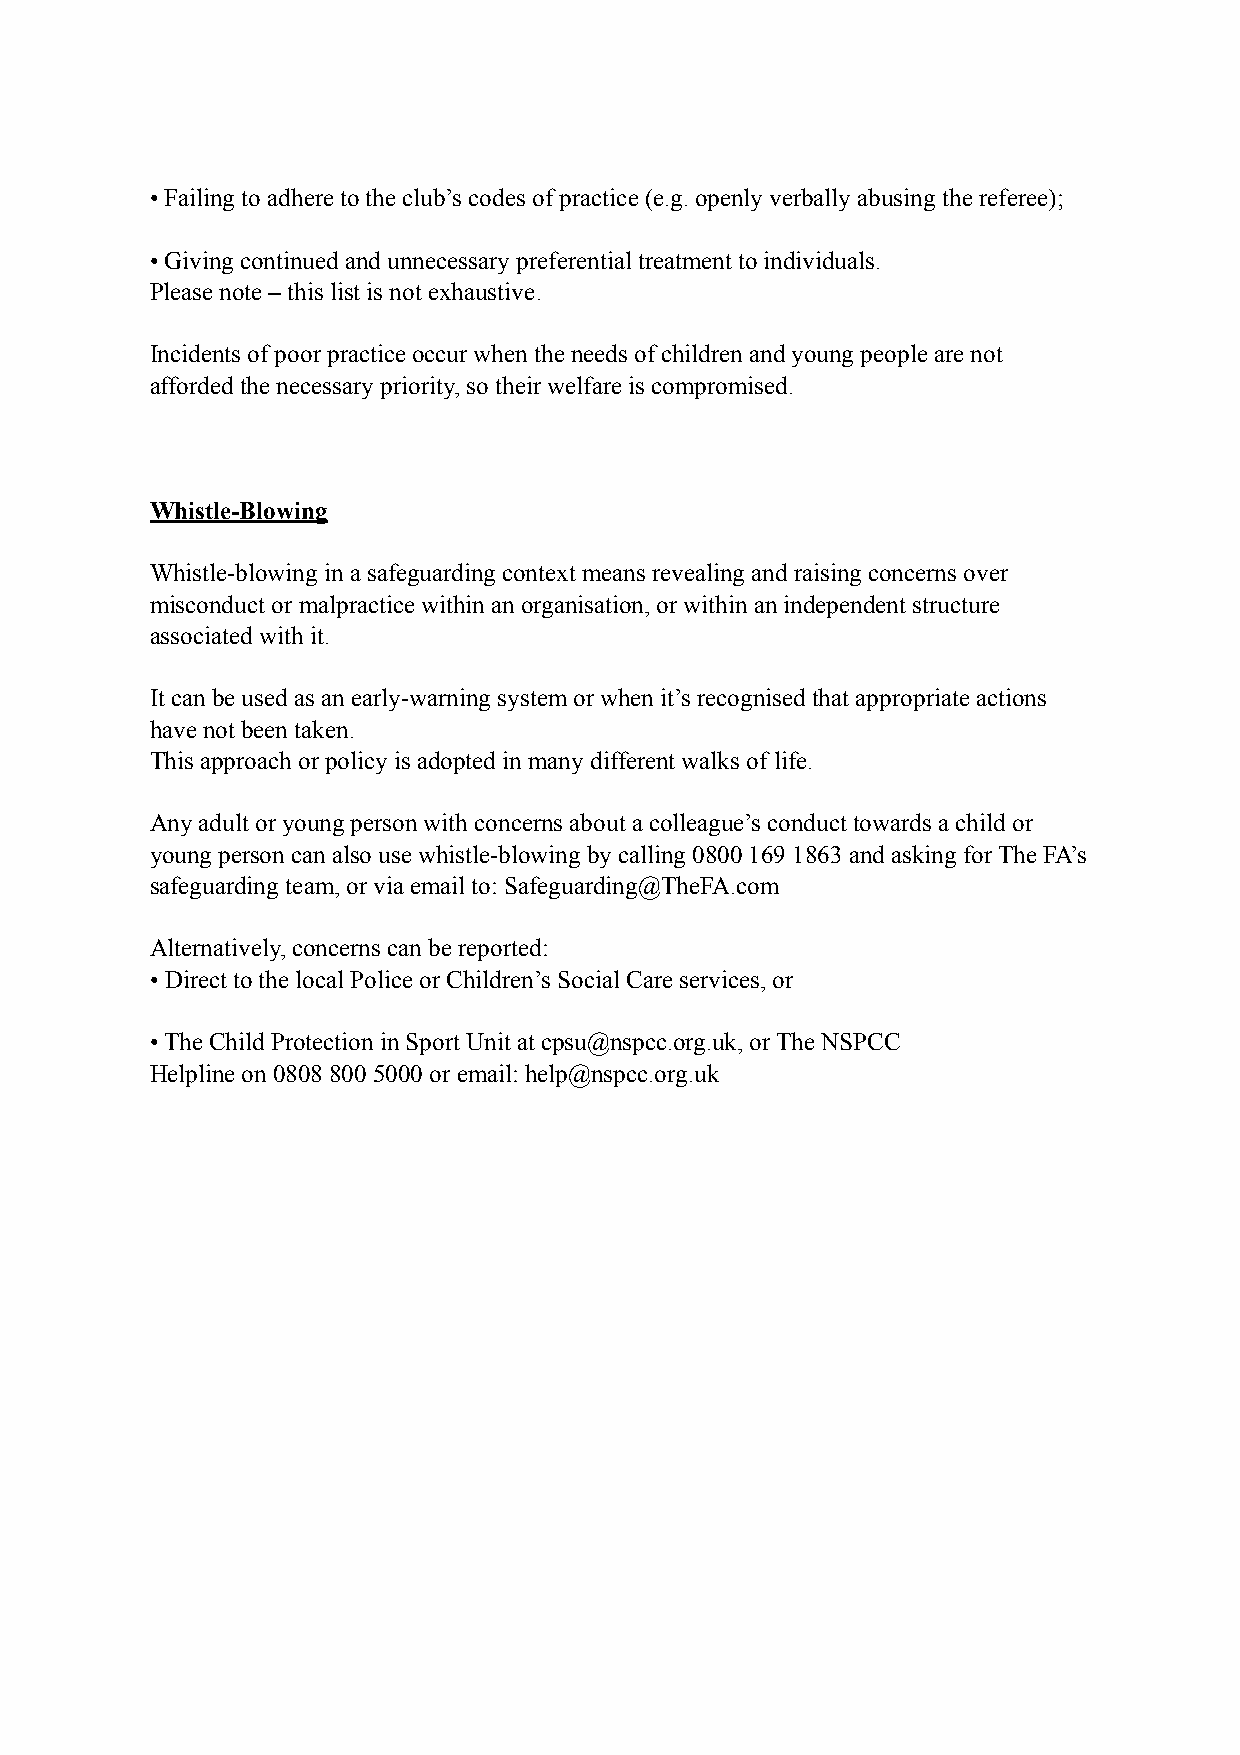
• Failing to adhere to the club’s codes of practice (e.g. openly verbally abusing the referee);
 • Giving continued and unnecessary preferential treatment to individuals.
 Please note – this list is not exhaustive.
 Incidents of poor practice occur when the needs of children and young people are not
 afforded the necessary priority, so their welfare is compromised.
 Whistle-Blowing
 Whistle-blowing in a safeguarding context means revealing and raising concerns over
 misconduct or malpractice within an organisation, or within an independent structure
 associated with it.
 It can be used as an early-warning system or when it’s recognised that appropriate actions
 have not been taken.
 This approach or policy is adopted in many different walks of life.
 Any adult or young person with concerns about a colleague’s conduct towards a child or
 young person can also use whistle-blowing by calling 0800 169 1863 and asking for The FA’s
 safeguarding team, or via email to: Safeguarding@TheFA.com
 Alternatively, concerns can be reported:
 • Direct to the local Police or Children’s Social Care services, or
 • The Child Protection in Sport Unit at cpsu@nspcc.org.uk, or The NSPCC
 Helpline on 0808 800 5000 or email: help@nspcc.org.uk